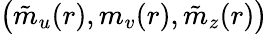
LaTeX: \big(\tilde{m}_{u}(r),m_{v}(r),\tilde{m}_{z}(r)\big)